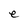
Character: e